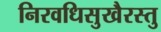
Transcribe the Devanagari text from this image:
निरवधिसुखैरस्तु